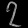
Digit: ၇